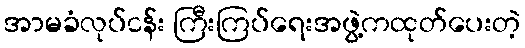
အာမခံလုပ်ငန်း ကြီးကြပ်ရေးအဖွဲ့ကထုတ်ပေးတဲ့